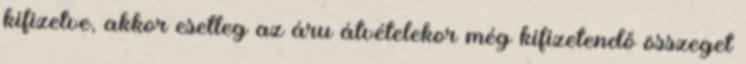
kifizetve, akkor esetleg az áru átvételekor még kifizetendő összeget